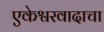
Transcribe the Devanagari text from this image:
एकेश्वरवादाचा